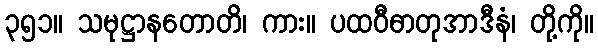
၃၅၁။ သမုဋ္ဌာနတောတိ၊ ကား။ ပထဝီဓာတုအာဒီနံ၊ တို့ကို။